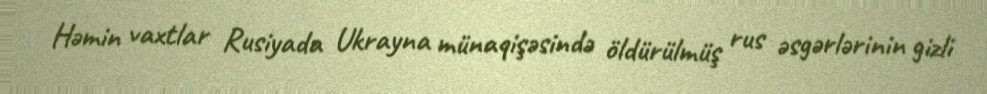
Həmin vaxtlar Rusiyada Ukrayna münaqişəsində öldürülmüş rus əsgərlərinin gizli